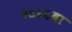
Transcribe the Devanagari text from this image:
१७४६वा